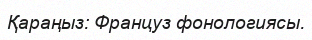
Қараңыз: Француз фонологиясы.